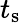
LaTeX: t_{\textrm{s}}